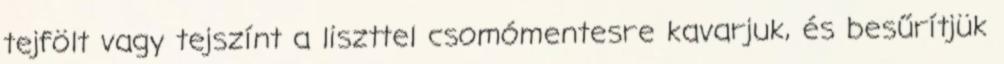
tejfölt vagy tejszínt a liszttel csomómentesre kavarjuk, és besűrítjük